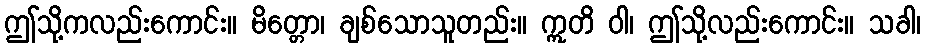
ဤသို့ကလည်းကောင်း။ မိတ္တော၊ ချစ်သောသူတည်း။ ဣတိ ဝါ၊ ဤသို့လည်းကောင်း။ သခါ၊